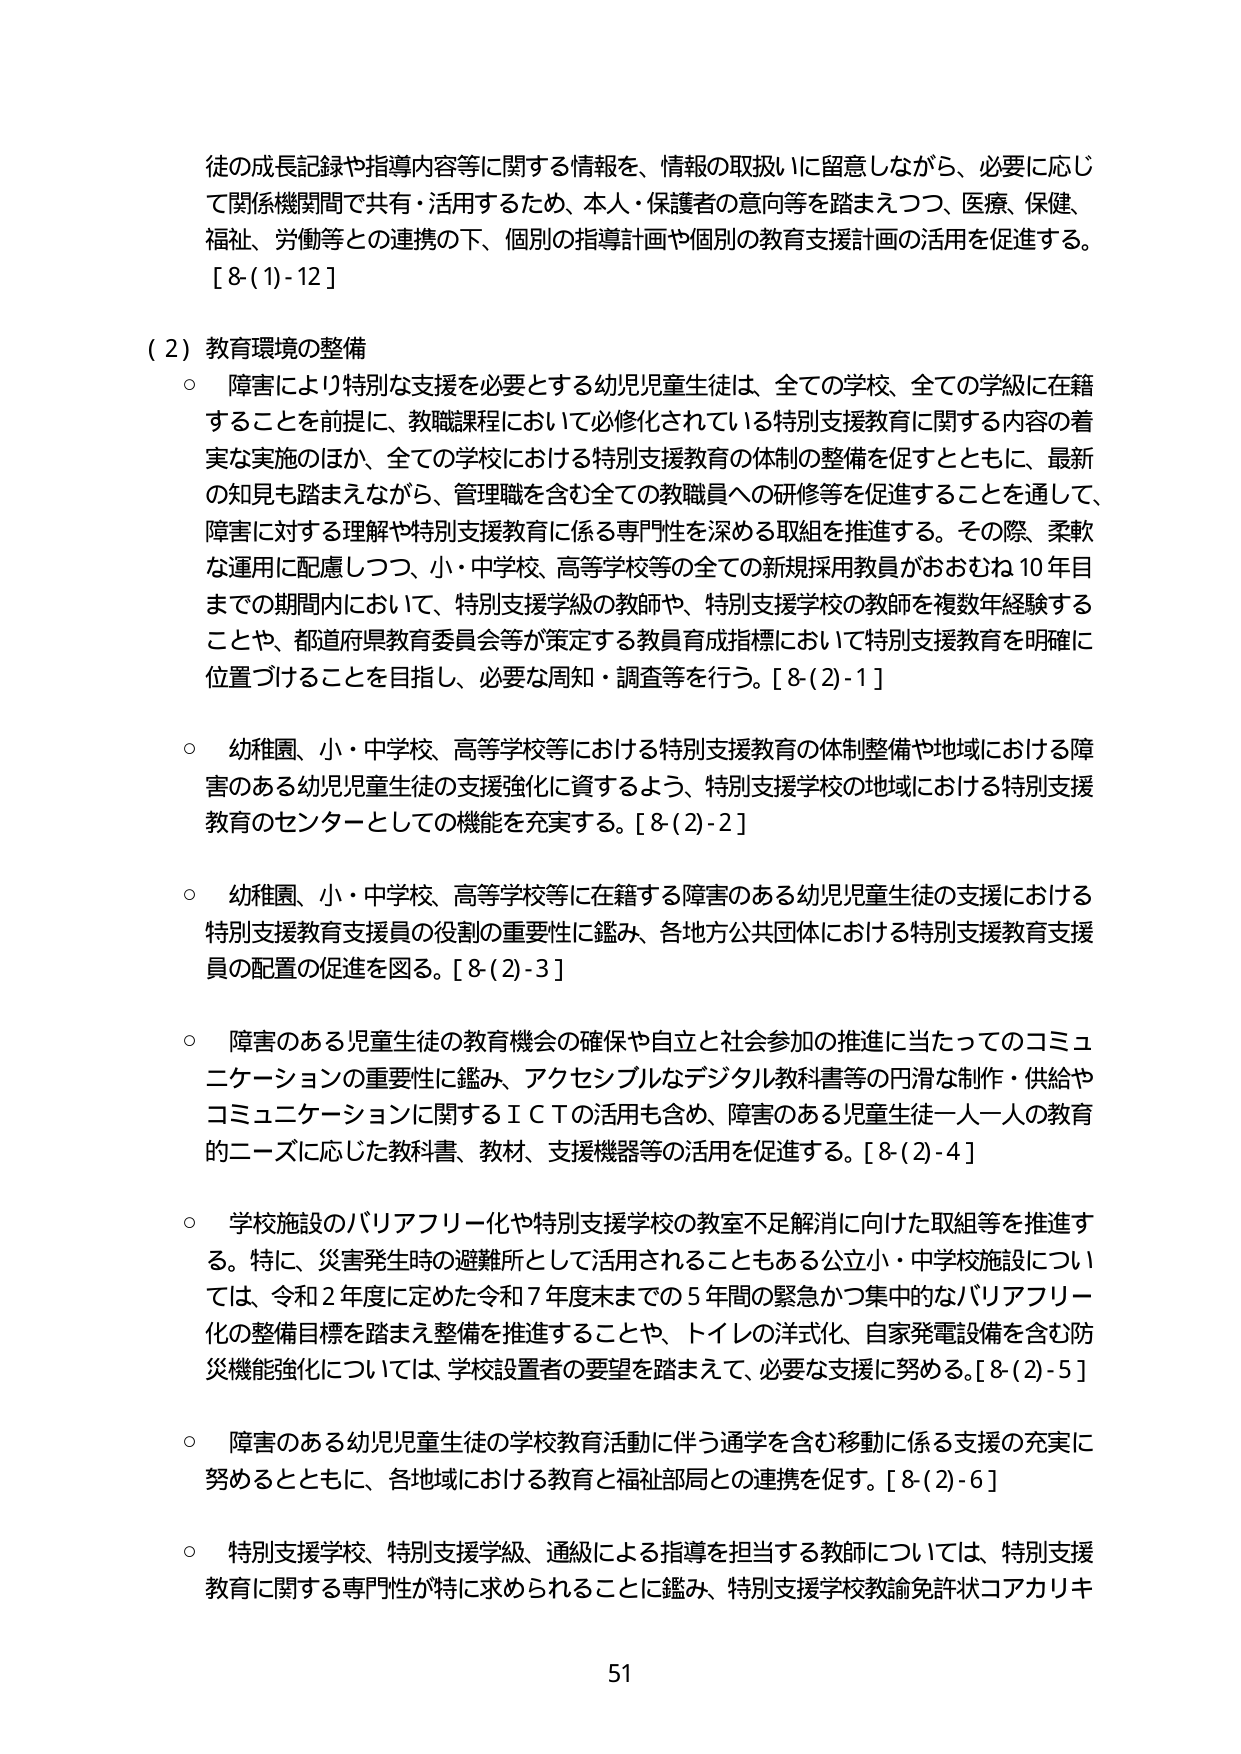
徒の成長記録や指導内容等に関する情報を、情報の取扱いに留意しながら、必要に応じて関係機関間で共有・活用するため、本人・保護者の意向等を踏まえつつ、医療、保健、福祉、労働等との連携の下、個別の指導計画や個別の教育支援計画の活用を促進する。
[8-(1)-12]

（2）教育環境の整備
○ 障害により特別な支援を必要とする幼児児童生徒は、全ての学校、全ての学級に在籍することを前提に、教職課程において必修化されている特別支援教育に関する内容の着実な実施のほか、全ての学校における特別支援教育の体制の整備を促すとともに、最新の知見も踏まえながら、管理職を含む全ての教職員への研修等を促進することを通じて、障害に対する理解や特別支援教育に係る専門性を深める取組を推進する。その際、柔軟な運用に配慮しつつ、小・中学校、高等学校等の全ての新規採用教員がおおむね10年目までの期間内において、特別支援学級の教師や、特別支援学校の教師を複数年経験することや、都道府県教育委員会等が策定する教員育成指標において特別支援教育を明確に位置づけることを目指し、必要な周知・調査等を行う。[8-(2)-1]

○ 幼稚園、小・中学校、高等学校等における特別支援教育の体制整備や地域における障害のある幼児児童生徒の支援強化に資するよう、特別支援学校の地域における特別支援教育のセンターとしての機能を充実する。[8-(2)-2]

○ 幼稚園、小・中学校、高等学校等に在籍する障害のある幼児児童生徒の支援における特別支援教育支援員の役割の重要性に鑑み、各地方公共団体における特別支援教育支援員の配置の促進を図る。[8-(2)-3]

○ 障害のある児童生徒の教育機会の確保や自立と社会参加の推進に当たってのコミュニケーションの重要性に鑑み、アクセシブルなデジタル教科書等の円滑な制作・供給やコミュニケーションに関するＩＣＴの活用も含め、障害のある児童生徒一人一人の教育的ニーズに応じた教科書、教材、支援機器等の活用を促進する。[8-(2)-4]

○ 学校施設のバリアフリー化や特別支援学校の教室不足解消に向けた取組等を推進する。特に、災害発生時の避難所として活用されることもある公立小・中学校施設については、令和2年度に定めた令和7年度末までの5年間の緊急かつ集中的なバリアフリー化の整備目標を踏まえ整備を推進することや、トイレの洋式化、自家発電設備を含む防災機能強化については、学校設置者の要望を踏まえて、必要な支援に努める。[8-(2)-5]

○ 障害のある幼児児童生徒の学校教育活動に伴う通学を含む移動に係る支援の充実に努めるとともに、各地域における教育と福祉部局との連携を促す。[8-(2)-6]

○ 特別支援学校、特別支援学級、通級による指導を担当する教師については、特別支援教育に関する専門性が特に求められることに鑑み、特別支援学校教諭免許状コアカリキ

51